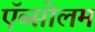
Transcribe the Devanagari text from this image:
ऍब्सोलम